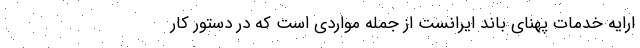
ارایه خدمات پهنای باند ایرانست از جمله مواردی است که در دستور کار